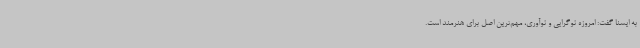
به ایسنا گفت: امروزه نوگرایی و نوآوری، مهم‌ترین اصل برای هنرمند است.